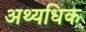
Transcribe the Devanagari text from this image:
अथ्यधिक